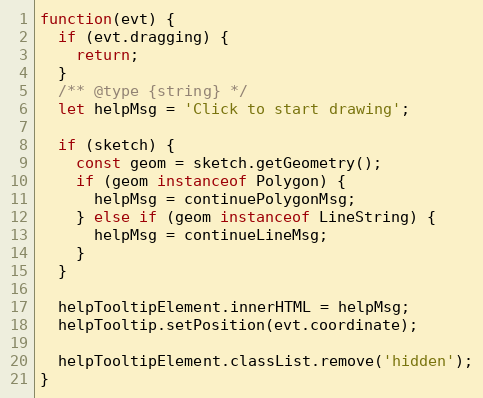
Language: JavaScript
function(evt) {
  if (evt.dragging) {
    return;
  }
  /** @type {string} */
  let helpMsg = 'Click to start drawing';

  if (sketch) {
    const geom = sketch.getGeometry();
    if (geom instanceof Polygon) {
      helpMsg = continuePolygonMsg;
    } else if (geom instanceof LineString) {
      helpMsg = continueLineMsg;
    }
  }

  helpTooltipElement.innerHTML = helpMsg;
  helpTooltip.setPosition(evt.coordinate);

  helpTooltipElement.classList.remove('hidden');
}